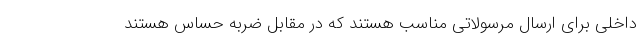
داخلی برای ارسال مرسولاتی مناسب هستند که در مقابل ضربه حساس هستند